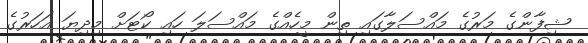
ޝިފާންގެ މަރުގެ މައްސަލާގައި ތިން މީހެއްގެ މައްސަލަ ހައި ކޯޓަށް މިދިޔަ އަހަރުގެ